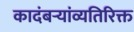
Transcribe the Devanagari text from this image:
कादंबऱ्यांव्यतिरिक्त